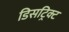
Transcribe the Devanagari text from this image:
डिसट्रिक्ट